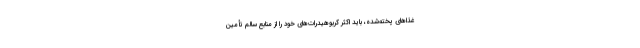
غذاهای پخته‌شده، باید اکثر کربوهیدرات‌های خود را از منابع سالم تأمین